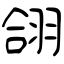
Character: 翖